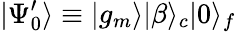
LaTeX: |\Psi_{0}^{\prime}\rangle\equiv|g_{m}\rangle|\beta\rangle_{c}|0\rangle_{f}